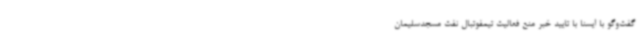
گفت‌وگو با ایسنا با تایید خبر منع فعالیت تیمفوتبال نفت مسجدسلیمان